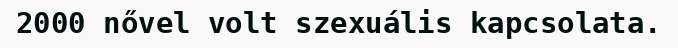
2000 nővel volt szexuális kapcsolata.